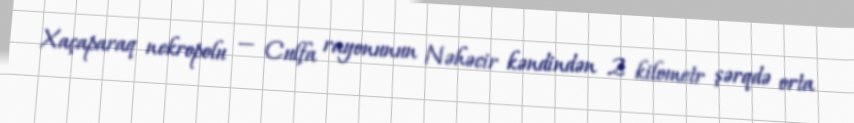
Xaçaparaq nekropolu — Culfa rayonunun Nəhəcir kəndindən 2 kilometr şərqdə orta